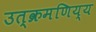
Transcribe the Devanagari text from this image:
उत्क्रमणिय्य